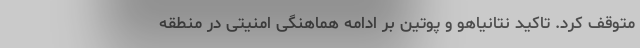
متوقف کرد. تاکید نتانیاهو و پوتین بر ادامه هماهنگی امنیتی‌ در منطقه